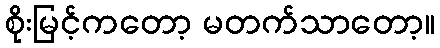
စိုးမြင့်ကတော့ မတက်သာတော့။